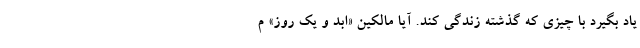
یاد بگیرد با چیزی که گذشته زندگی کند. آیا مالکین «ابد و یک روز» م